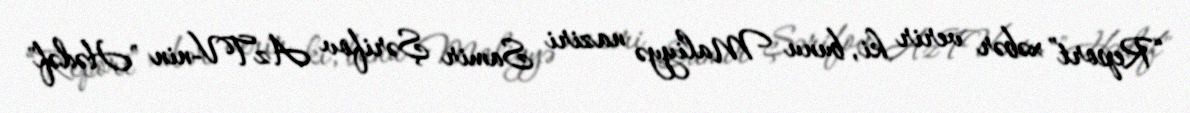
“Report” xəbər verir ki, bunu Maliyyə naziri Samir Şərifov AzTV-nin "Hədəf"